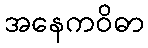
အနေကဝိဓာ